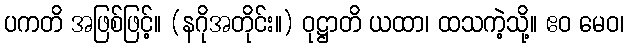
ပကတိ အဖြစ်ဖြင့်။ (နဂိုအတိုင်း။) ဝုဋ္ဌာတိ ယထာ၊ ထသကဲ့သို့။ ဧဝ မေဝ၊